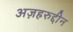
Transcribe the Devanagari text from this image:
अज़हरुद्दीन